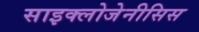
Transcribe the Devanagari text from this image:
साइक्लोजेनीसिस